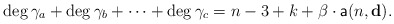
\begin{align*}\deg \gamma_a+ \deg \gamma_b+\dots+ \deg \gamma_c=n-3+k+\beta\cdot \mathsf{a}(n,\mathbf{d}).\end{align*}